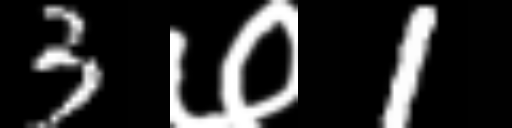
Text: 3७1